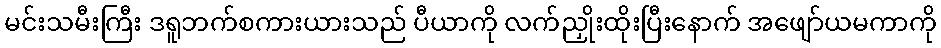
မင်းသမီးကြီး ဒရူဘက်စကားယားသည် ပီယာကို လက်ညှိုးထိုးပြီးနောက် အဖျော်ယမကာကို